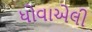
ધોવાએલી